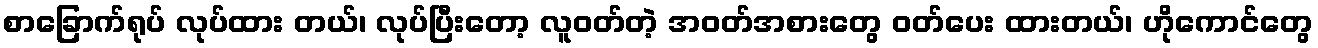
စာခြောက်ရုပ် လုပ်ထား တယ်၊ လုပ်ပြီးတော့ လူဝတ်တဲ့ အဝတ်အစားတွေ ဝတ်ပေး ထားတယ်၊ ဟိုကောင်တွေ